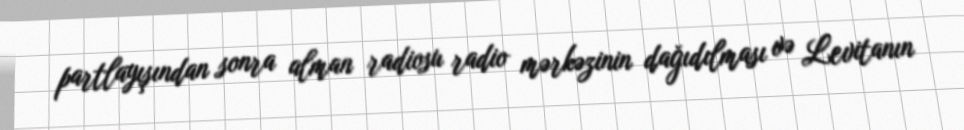
partlayışından sonra alman radiosu radio mərkəzinin dağıdılması və Levitanın